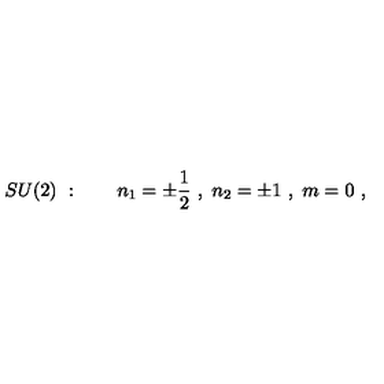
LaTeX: S U ( 2 ) \ : \quad \quad n _ { 1 } = \pm { \frac { 1 } { 2 } } \ , \ n _ { 2 } = \pm 1 \ , \ m = 0 \ ,